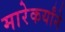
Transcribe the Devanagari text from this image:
मारेकर्यांने